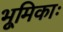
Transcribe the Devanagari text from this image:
भूमिकाः